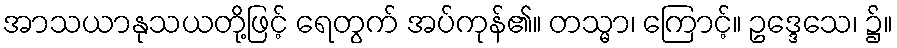
အာသယာနုသယတို့ဖြင့် ရေတွက် အပ်ကုန်၏။ တသ္မာ၊ ကြောင့်။ ဥဒ္ဒေသေ၊ ၌။